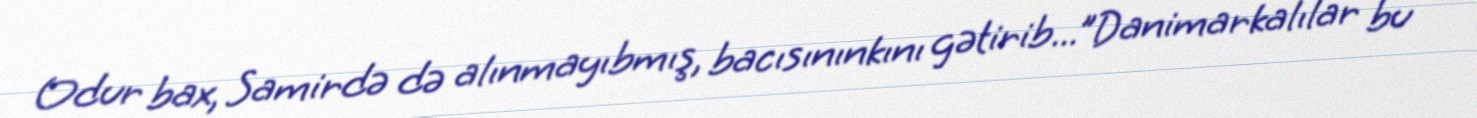
Odur bax, Samirdə də alınmayıbmış, bacısınınkını gətirib...”Danimarkalılar bu